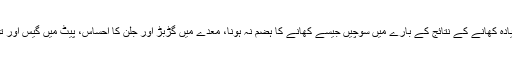
ایک منٹ کے لیے بہت زیادہ کھانے کے نتائج کے بارے میں سوچیں جیسے کھانے کا ہضم نہ ہونا، معدے میں گڑبڑ اور جلن کا احساس، پیٹ میں گیس اور توانائی کی کم مقدار وغیرہ۔